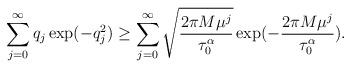
LaTeX: \begin{align*}\sum_{j=0}^{\infty}q_{j}\exp(-q_{j}^{2})\geq\sum_{j=0}^{\infty}\sqrt{\frac{2 \pi M \mu^j}{\tau_{0}^{\alpha}}} \exp(-\frac{2 \pi M \mu^j}{\tau_{0}^{\alpha}}).\end{align*}